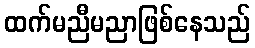
ထက်မညီမညာဖြစ်နေသည်